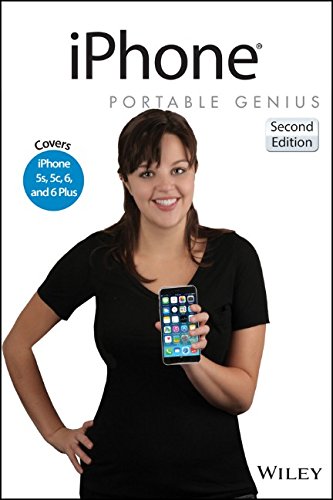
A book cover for iPhone Portable Genius: Covers iOS 8 on iPhone 6, iPhone 6 Plus, iPhone 5s, and iPhone 5c; Paul McFedries; Computers & Technology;